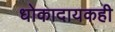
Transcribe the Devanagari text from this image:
धोकादायकही